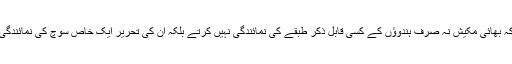
میرا ذاتی خیال ہے کہ بھائی مکیش نہ صرف ہندوؤں کے کسی قابل ذکر طبقے کی نمائندگی نہیں کرتے بلکہ ان کی تحریر ایک خاص سوچ کی نمائندگی کرتی نظر آتی ہے۔